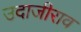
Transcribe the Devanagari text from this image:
उदाजीराव